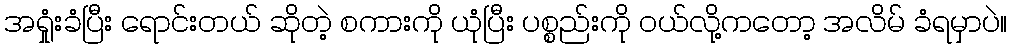
အရှုံးခံပြီး ရောင်းတယ် ဆိုတဲ့ စကားကို ယုံပြီး ပစ္စည်းကို ဝယ်လို့ကတော့ အလိမ် ခံရမှာပဲ။